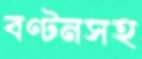
বণ্টনসহ